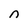
Character: n